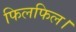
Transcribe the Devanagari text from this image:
फिलफिल।